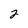
Character: 2